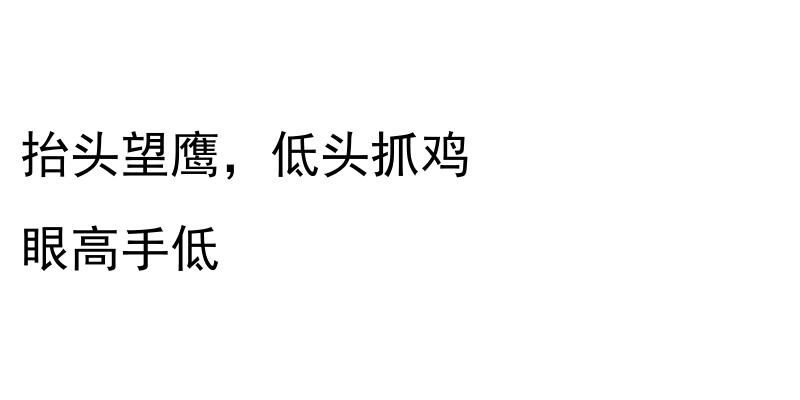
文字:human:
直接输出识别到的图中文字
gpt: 抬头望鹰，低头抓鸡 眼高手低